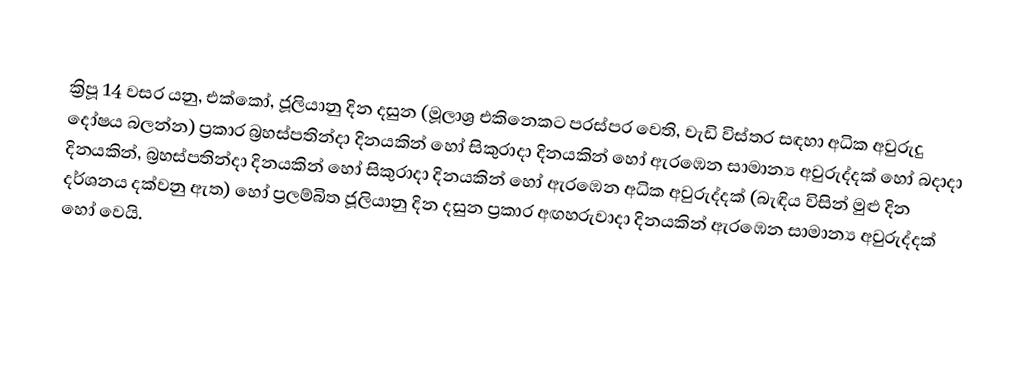

ක්‍රිපූ 14 වසර යනු,  එක්කෝ,   ජූලියානු දින දසුන (මූලාශ්‍ර එකිනෙකට පරස්පර වෙති, වැඩි විස්තර සඳහා අධික අවුරුදු දෝෂය බලන්න) ප්‍රකාර  බ්‍රහස්පතින්දා දිනයකින් හෝ  සිකුරාදා දිනයකින් හෝ ඇරඹෙන සාමාන්‍ය අවුරුද්දක් හෝ බදාදා දිනයකින්, බ්‍රහස්පතින්දා දිනයකින් හෝ   සිකුරාදා දිනයකින් හෝ ඇරඹෙන අධික අවුරුද්දක් (බැඳිය විසින් මුළු දින දර්ශනය දක්වනු ඇත) හෝ  ප්‍රලම්බිත ජූලියානු දින දසුන ප්‍රකාර  අඟහරුවාදා දිනයකින් ඇරඹෙන සාමාන්‍ය අවුරුද්දක් හෝ වෙයි.